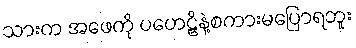
သားက အဖေကို ပဟေဠိနဲ့စကားမပြောရဘူး